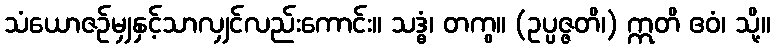
သံယောဇဉ်မျှနှင့်သာလျှင်လည်းကောင်း။ သဒ္ဓံ၊ တကွ။ (ဥပ္ပဇ္ဇတိ၊) ဣတိ ဧဝံ၊ သို့။